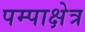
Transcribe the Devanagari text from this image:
पम्पाक्षेत्र